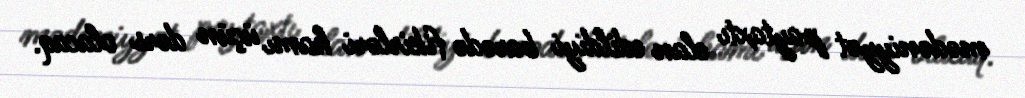
mədəniyyət paytaxtı elan edildiyi barədə fikirləri hamı üçün dərs olacaq.